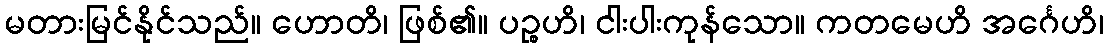
မတားမြင်နိုင်သည်။ ဟောတိ၊ ဖြစ်၏။ ပဉ္စဟိ၊ ငါးပါးကုန်သော။ ကတမေဟိ အင်္ဂေဟိ၊